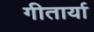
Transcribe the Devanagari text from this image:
गीतार्या